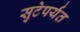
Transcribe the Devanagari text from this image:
सुटेपर्यंत